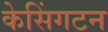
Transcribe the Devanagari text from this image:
केसिंगटन